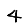
Digit: 4